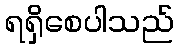
ရရှိစေပါသည်